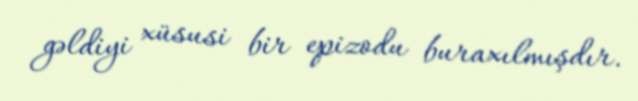
gəldiyi xüsusi bir epizodu buraxılmışdır.